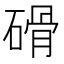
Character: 磆